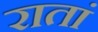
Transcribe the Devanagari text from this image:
रातां